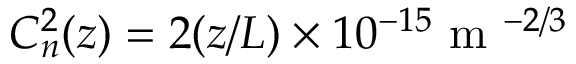
C _ { n } ^ { 2 } ( z ) = 2 ( z / L ) \times 1 0 ^ { - 1 5 } \mathrm { ~ m ~ } ^ { - 2 / 3 }